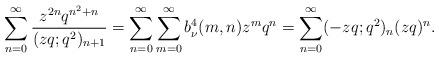
LaTeX: \begin{align*} \sum_{n=0}^{\infty} \frac{z^{2n} q^{n^2+n}}{(zq;q^2)_{n+1}}=\sum_{n=0}^{\infty}\sum_{m=0}^{\infty}b^4_\nu(m,n)z^mq^n=\sum_{n=0}^{\infty}(-zq;q^2)_n(zq)^n.\end{align*}